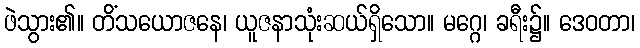
ဖဲသွား၏။ တိံသယောဇနေ၊ ယူဇနာသုံးဆယ်ရှိသော။ မဂ္ဂေ၊ ခရီး၌။ ဒေဝတာ၊